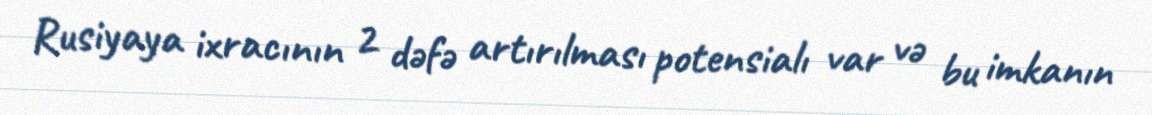
Rusiyaya ixracının 2 dəfə artırılması potensialı var və bu imkanın